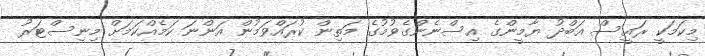
މިކަމަކީ ރައީސް އަބްދު ޔާމީންގެ އިސްނެންގެވުމުގެ މަތިން ކުރައްވަމުން އަންނަ ކަމެއްކަމަށް މިނިސްޓަރު